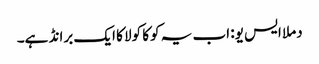
دملا ایس یو: اب یہ کوکا کولا کا ایک برانڈ ہے۔